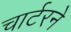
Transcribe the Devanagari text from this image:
चार्टरने